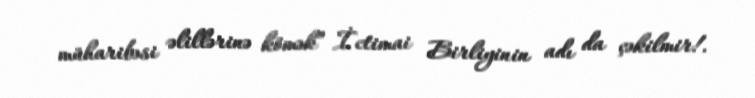
müharibəsi əlillərinə kömək” İctimai Birliyinin adı da çəkilmir!.